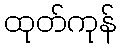
ထုတ်ကုန်